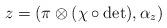
LaTeX: \begin{align*}z = (\pi \otimes (\chi \circ \det), \alpha_z)\end{align*}